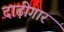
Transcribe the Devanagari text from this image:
दाढ़ीगार